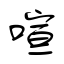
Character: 喧